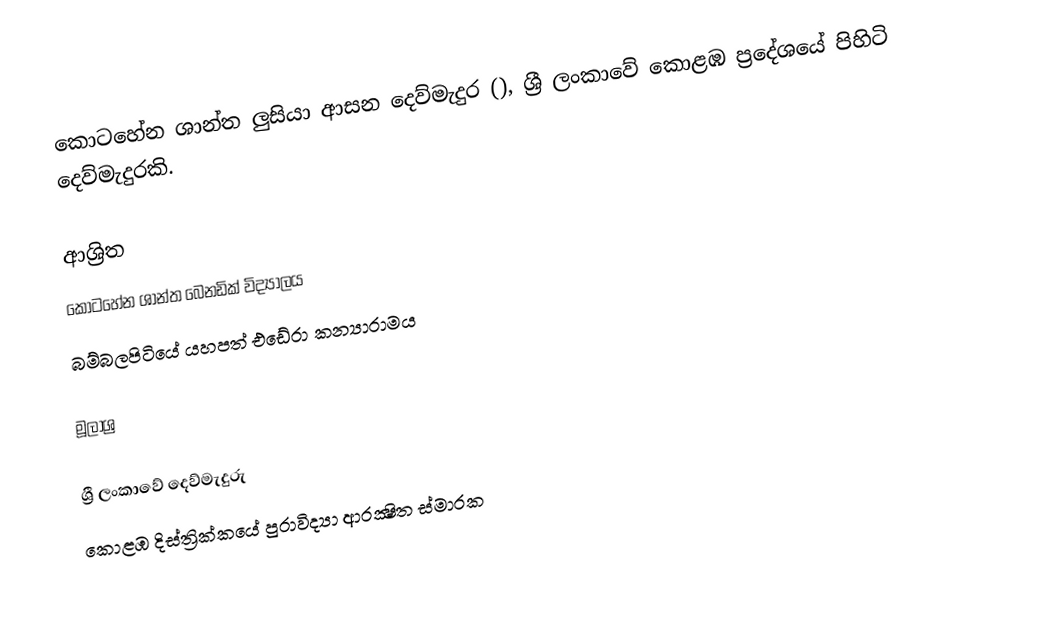
කොටහේන ශාන්ත ලුසියා ආසන දෙව්මැදුර (), ශ්‍රී ලංකාවේ කොළඹ ප්‍රදේශයේ පිහිටි දෙව්මැදුරකි.

ආශ්‍රිත
 කොටහේන ශාන්ත බෙනඩික් විද්‍යාලය
 බම්බලපිටියේ යහපත් එඩේරා කන්‍යාරාමය

මූලාශ්‍ර

ශ්‍රී ලංකාවේ දෙව්මැදුරු
කොළඹ දිස්ත්‍රික්කයේ පුරාවිද්‍යා ආරක්‍ෂිත ස්මාරක